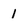
Character: 1